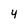
Character: 4